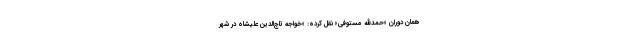
همان دوران «حمدالله مستوفی» نقل کرده: «خواجه تاج‌الدين عليشاه در شهر